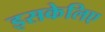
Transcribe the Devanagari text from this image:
इसकेलिए